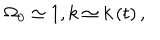
LaTeX: \Omega _ { 0 } \simeq 1 , k \simeq k \left( t \right) ,